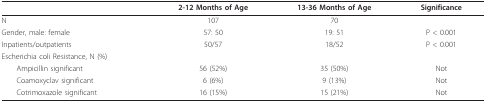
<table><thead><tr><td></td><td><b>2-12 Months of Age</b></td><td><b>13-36 Months of Age</b></td><td><b>Significance</b></td></tr></thead><tbody><tr><td>N</td><td>107</td><td>70</td><td></td></tr><tr><td>Gender, male: female</td><td>57: 50</td><td>19: 51</td><td>P &lt; 0.001</td></tr><tr><td>Inpatients/outpatients</td><td>50/57</td><td>18/52</td><td>P &lt; 0.001</td></tr><tr><td>Escherichia coli Resistance, N (%)</td><td></td><td></td><td></td></tr><tr><td> Ampicillin significant</td><td>56 (52%)</td><td>35 (50%)</td><td>Not</td></tr><tr><td> Coamoxyclav significant</td><td>6 (6%)</td><td>9 (13%)</td><td>Not</td></tr><tr><td> Cotrimoxazole significant</td><td>16 (15%)</td><td>15 (21%)</td><td>Not</td></tr></tbody></table>